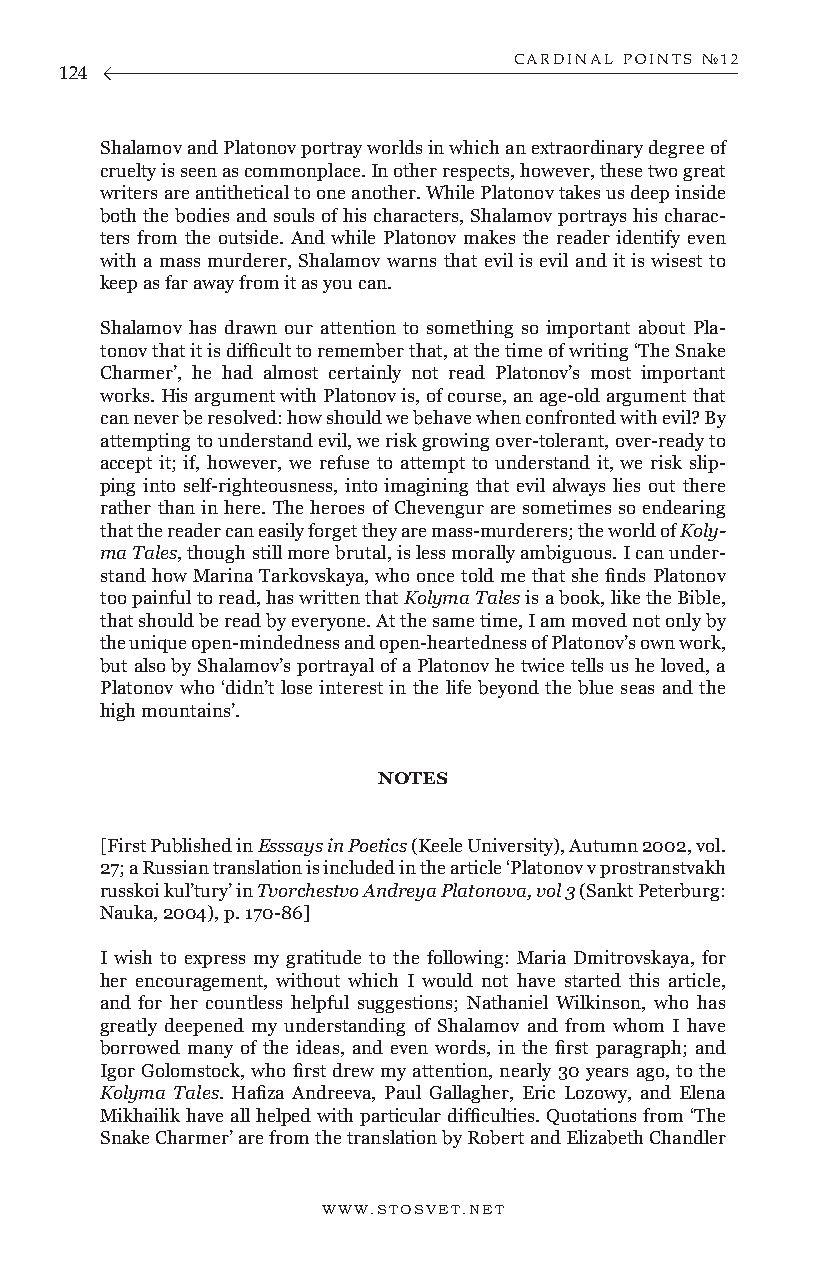
CARDINAL POINTS №12
 124
 Shalamov and Platonov portray worlds in which an extraordinary degree of
 cruelty is seen as commonplace. In other respects, however, these two great
 writers are antithetical to one another. While Platonov takes us deep inside
 both the bodies and souls of his characters, Shalamov portrays his charac-
 ters from the outside. And while Platonov makes the reader identify even
 with a mass murderer, Shalamov warns that evil is evil and it is wisest to
 keep as far away from it as you can.
 Shalamov has drawn our attention to something so important about Pla-
 tonov that it is difficult to remember that, at the time of writing ‘The Snake
 Charmer’, he had almost certainly not read Platonov’s most important
 works. His argument with Platonov is, of course, an age-old argument that
 can never be resolved: how should we behave when confronted with evil? By
 attempting to understand evil, we risk growing over-tolerant, over-ready to
 accept it; if, however, we refuse to attempt to understand it, we risk slip-
 ping into self-righteousness, into imagining that evil always lies out there
 rather than in here. The heroes of Chevengur are sometimes so endearing
 that the reader can easily forget they are mass-murderers; the world of Koly-
 ma Tales, though still more brutal, is less morally ambiguous. I can under-
 stand how Marina Tarkovskaya, who once told me that she finds Platonov
 too painful to read, has written that Kolyma Tales is a book, like the Bible,
 that should be read by everyone. At the same time, I am moved not only by
 the unique open-mindedness and open-heartedness of Platonov’s own work,
 but also by Shalamov’s portrayal of a Platonov he twice tells us he loved, a
 Platonov who ‘didn’t lose interest in the life beyond the blue seas and the
 high mountains’.
 NOTES
 [First Published in Esssays in Poetics (Keele University), Autumn 2002, vol.
 27; a Russian translation is included in the article ‘Platonov v prostranstvakh
 russkoi kul’tury’ in Tvorchestvo Andreya Platonova, vol 3 (Sankt Peterburg:
 Nauka, 2004), p. 170-86]
 I wish to express my gratitude to the following: Maria Dmitrovskaya, for
 her encouragement, without which I would not have started this article,
 and for her countless helpful suggestions; Nathaniel Wilkinson, who has
 greatly deepened my understanding of Shalamov and from whom I have
 borrowed many of the ideas, and even words, in the first paragraph; and
 Igor Golomstock, who first drew my attention, nearly 30 years ago, to the
 Kolyma Tales. Hafiza Andreeva, Paul Gallagher, Eric Lozowy, and Elena
 Mikhailik have all helped with particular difficulties. Quotations from ‘The
 Snake Charmer’ are from the translation by Robert and Elizabeth Chandler
 WWW.STOSVET.NET                                        WWW.STOSVET.NET